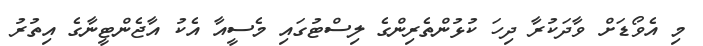
މި އެވޯޑަށް ވާދަކުރާ ދިހަ ކުޅުންތެރިންގެ ލިސްޓުގައި މެސީއާ އެކު އާޖެންޓީނާގެ އިތުރު